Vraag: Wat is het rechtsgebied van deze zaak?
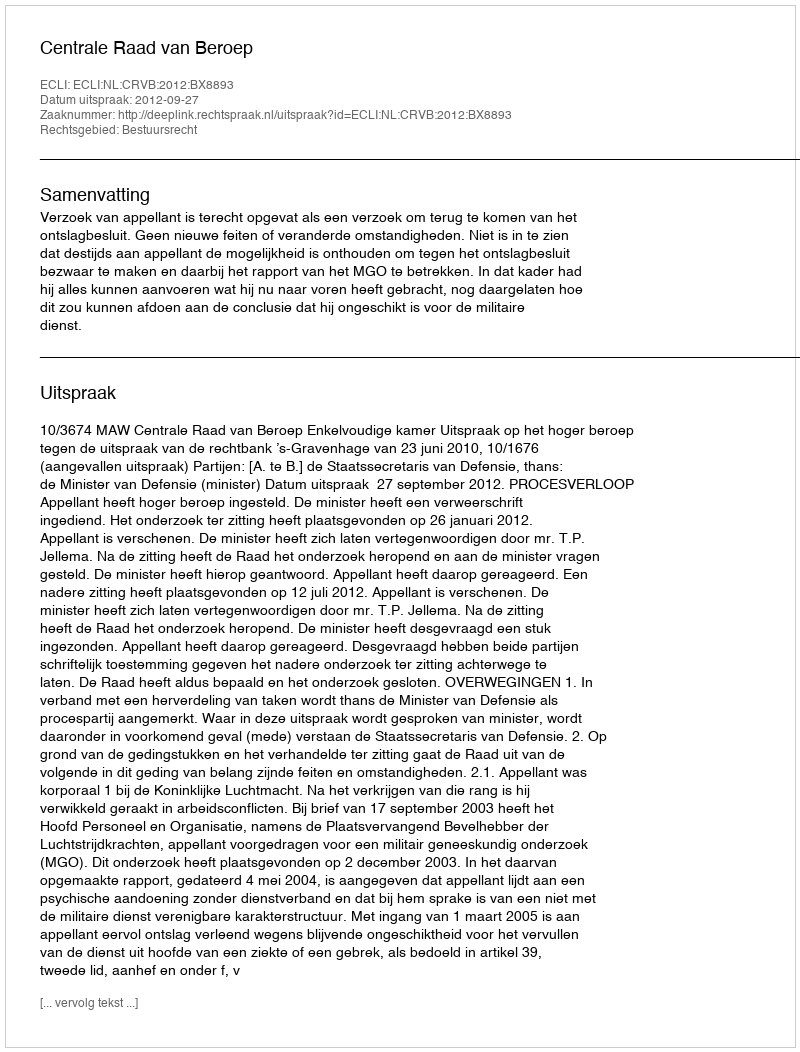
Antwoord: Bestuursrecht